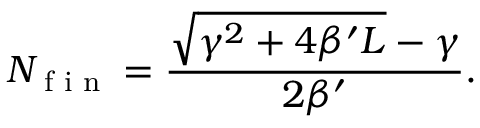
N _ { \textnormal { f i n } } = \frac { \sqrt { \gamma ^ { 2 } + 4 \beta ^ { \prime } L } - \gamma } { 2 \beta ^ { \prime } } .